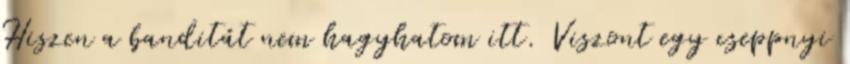
Hiszen a banditát nem hagyhatom itt. Viszont egy cseppnyi